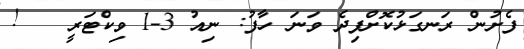
ފެށުން ރަނގަޅުކޮށްފިދެ ވަނަ ހާފު: ނިއު 3-1 ވިކްޓަރީ   !